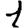
Digit: 1